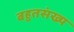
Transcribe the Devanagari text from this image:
बहुतसंख्य